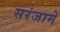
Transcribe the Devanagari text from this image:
सरंजामे